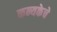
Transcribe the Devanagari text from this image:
कन्यकेचे